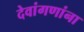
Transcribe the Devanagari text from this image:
देवांगणांना